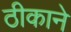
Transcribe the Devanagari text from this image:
ठीकाने